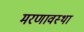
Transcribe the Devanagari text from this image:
मरणावस्था